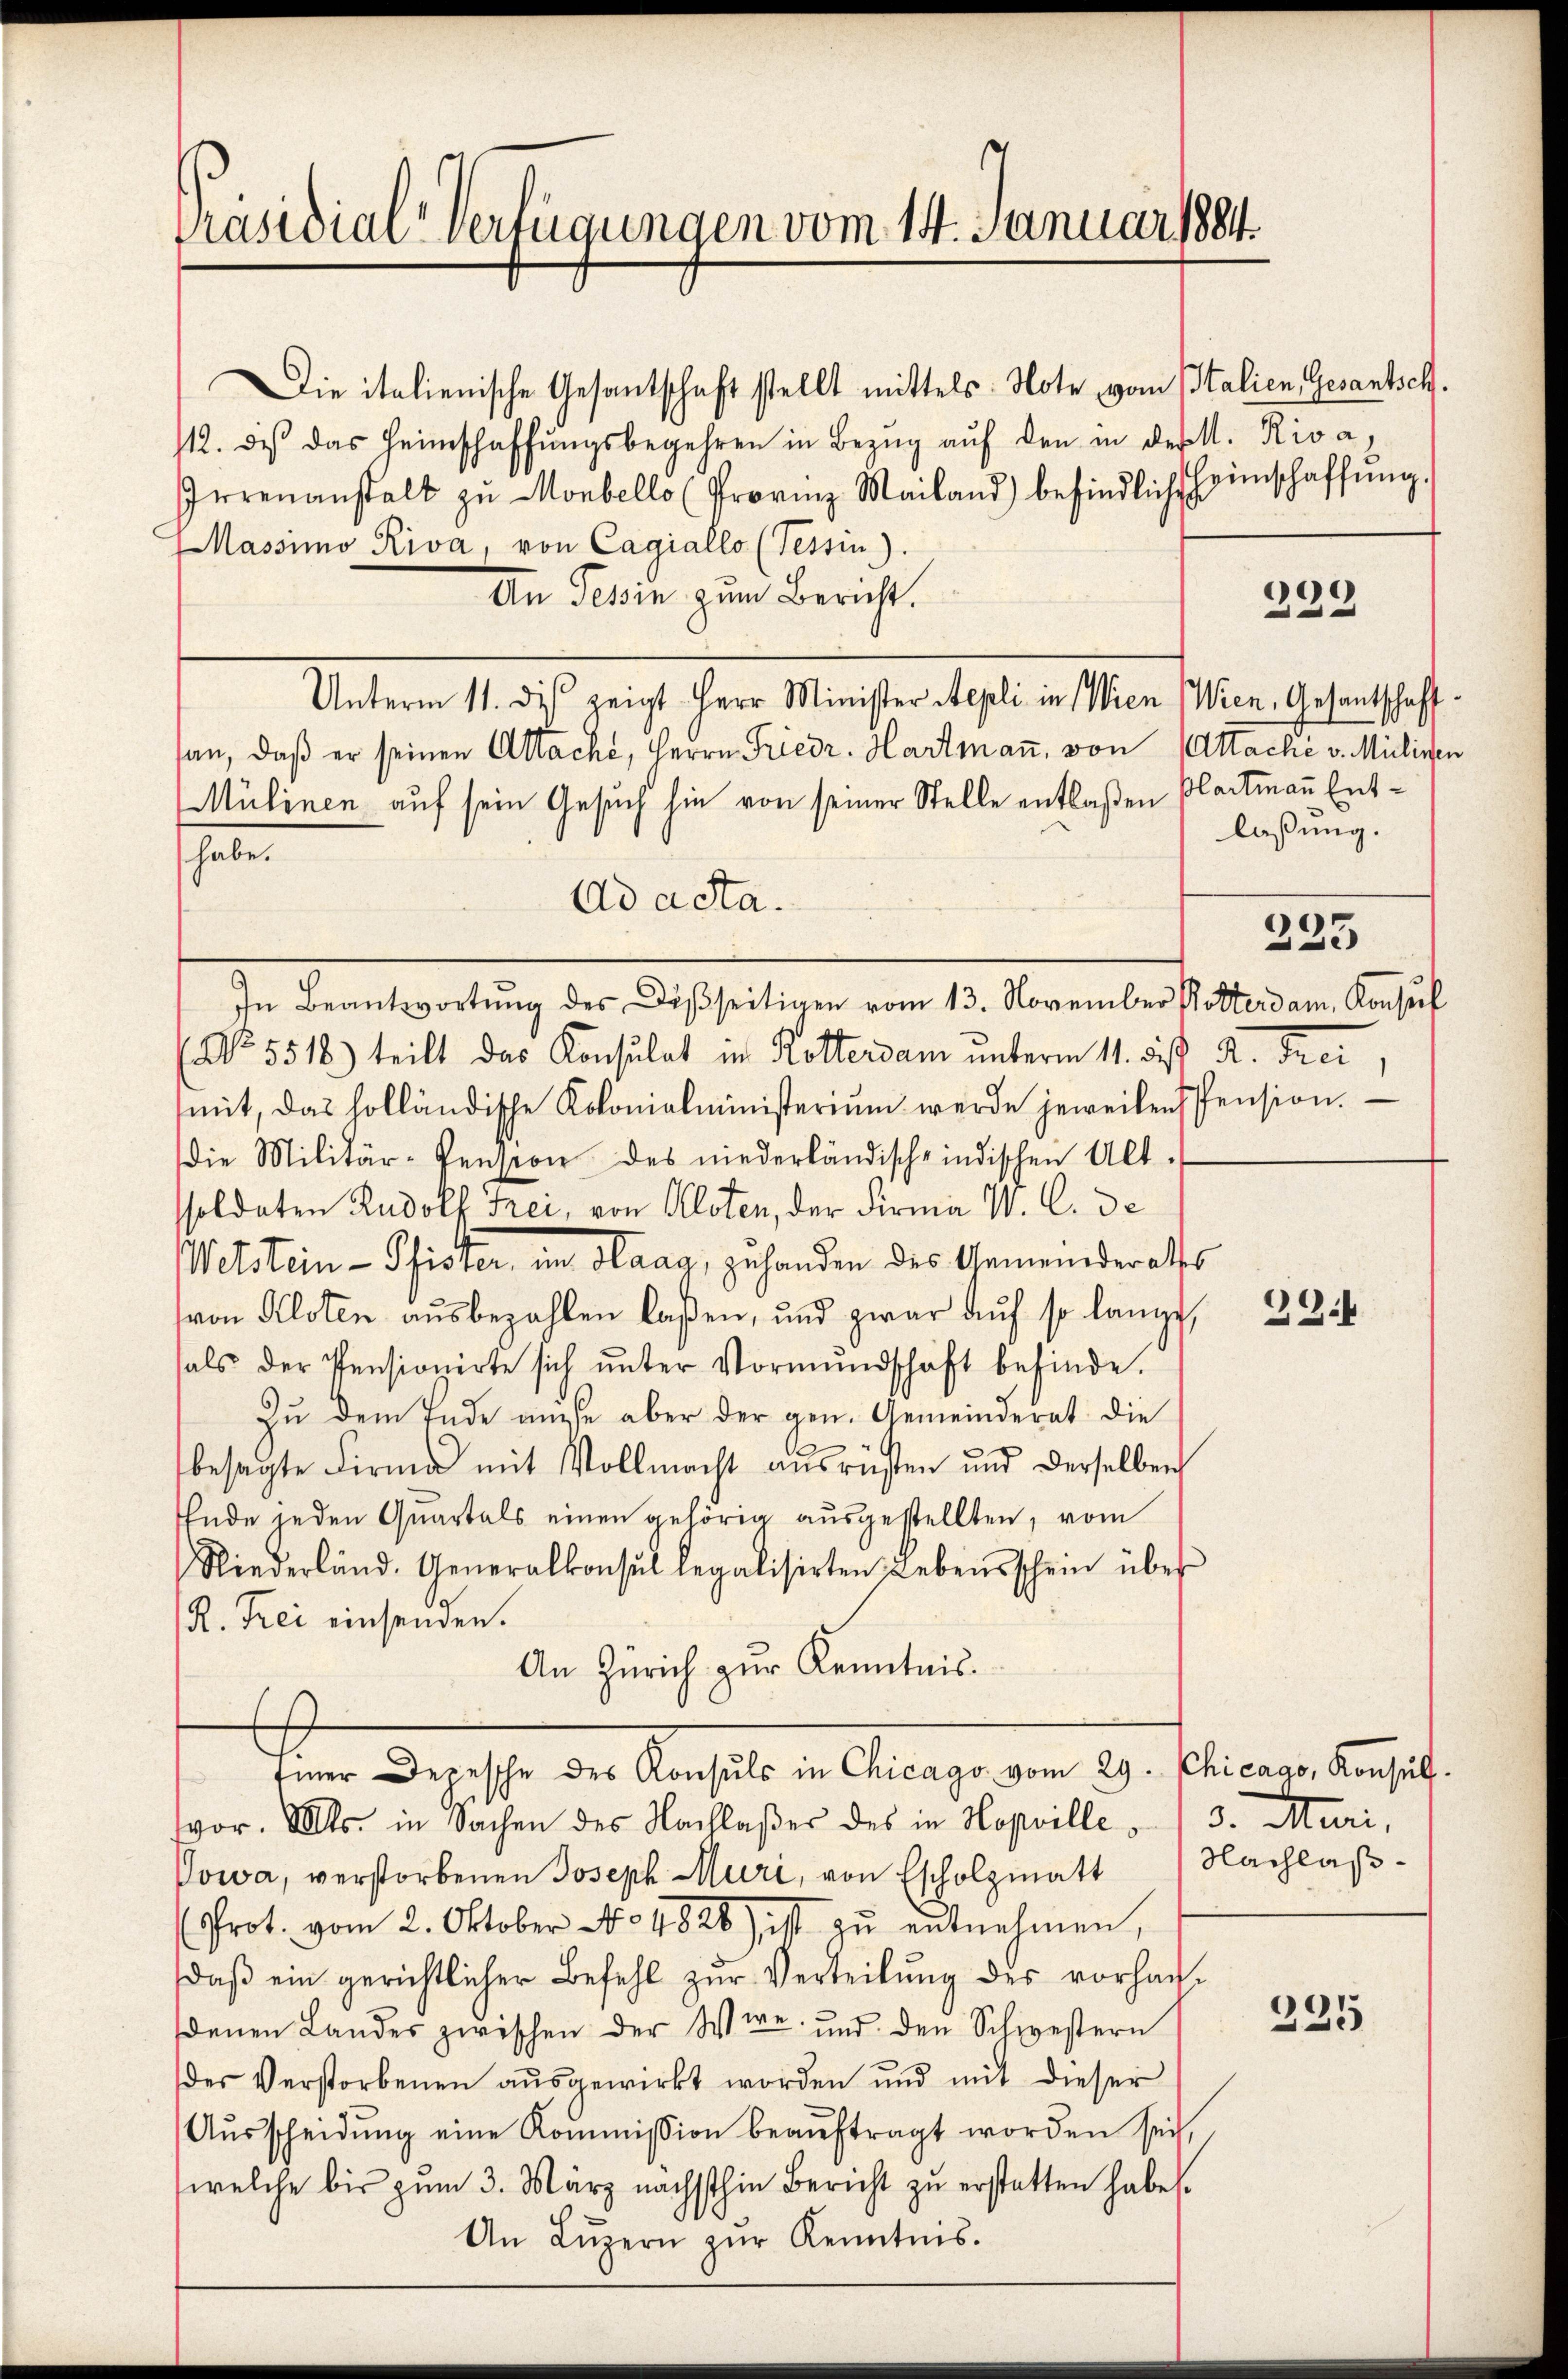
Präsidial-Verfügungen vom 14. Januar 1884.

Die italienische Gesantschaft stellt mittels Note vom Italien, Gesantsch.
112. des das Heimschaffŭngsbegehren in Bezŭg aŭf den in der l. Riva,
Irrenanstalt zu Monbello (Provinz Mailand) befindlichs Hinschaffung.
Massimo Riva, von Cagiallo (Tessin).
An Teßin zum Bericht.
Unterm 11. dis zeigt Herr Minister Repli in Wien (Wien, Gesantschaffan, daß er seinen Attache, Herrn Friedr. Hartmaṅ, von Attaché v. Mülinen
Mülinen auf sein Gesuch hin von seiner Stelle entlaßen Blattmann Entheten
Ad acta.
In Beantwortŭng des Disseitigen vom 13. November Rotterdam, Konsul
No 5518.) teilt das Konsulat in Rotterdam unterm 11. des K. Frei
mit, das holländische Kolonialministerium werde jeweilen Pension.
die Militär-Pension des niederländische indischen Alt-
soldaten Rudolf Frei, von Aloten, der Firma V. C. de
Wetstein - Pfister, im Haag, zuhanden des Gemeinderaths
von Kloten ausbezahlen laßen, und zwar auf so lange,
hals der Pensionirte sich ŭnter Vormŭndschaft befinde.
Zu dem Ende müsse aber der gen. Gemeinderat die
besagte Firma mit Vollmacht ausrüsten und derselben
Ende jeden Quartals einen gehörig aŭsgestellten, vom
Niederländ. Generalkonsul legalisirten Lebensschein über
R. Frei einsenden.
An Zürich zur Kenntnis.
t
Einer Depesche des Konsuls in Chicago vom 29. Chicago, Konsuls.
vor. Mts. in Sachen des Nachlaßes des in Hopville 3. Muri,
Powa, verstorbenen Joseph Muri, von Escholzmatt Nachlaß¬
(Prot. vom 2. Oktober No. 1828) ist zŭ entnehmen,
daβ ein gerichtlicher Befehl zŭr Verteilŭng des vorhan-
denen Landes zwischen der Wie und den Schwestern
des Verstorbenen aŭsgewirkt worden und mit dieser
Aŭsscheidŭng eine Kommission beaŭftragt worden sei,
welche bis zum 3. März nächsthin Bericht zu erstatten habe.
An Lŭzern zŭr Kenntnis.

)
.

laßung.

225

39.4

235